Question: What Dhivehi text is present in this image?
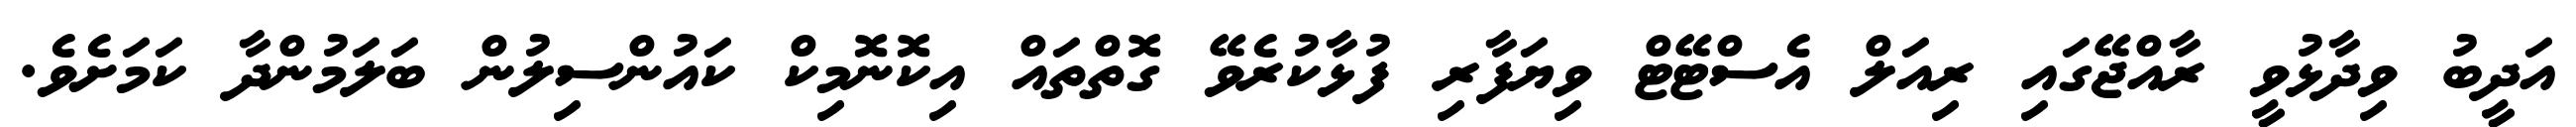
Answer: އަދީބު ވިދާޅުވީ ރާއްޖޭގައި ރިއަލް އެސްޓޭޓް ވިޔަފާރި ފުޅާކުރެވޭ ގޮތްތައް އިކޮނޮމިކް ކައުންސިލުން ބަލަމުންދާ ކަމަށެވެ.